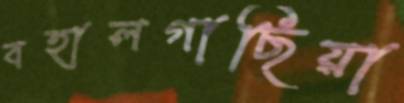
বহালগাছিয়া